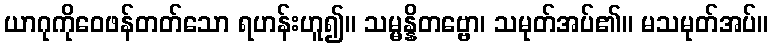
ယာဂုကိုဝေဖန်တတ်သော ရဟန်းဟူ၍။ သမ္မန္နိတဗ္ဗော၊ သမုတ်အပ်၏။ မသမုတ်အပ်။